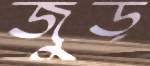
জুড়